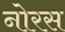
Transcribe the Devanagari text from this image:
नोरस